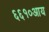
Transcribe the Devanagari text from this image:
६६१०आय